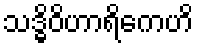
သဒ္ဓိဝိဟာရိကေဟိ